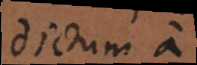
dictum a